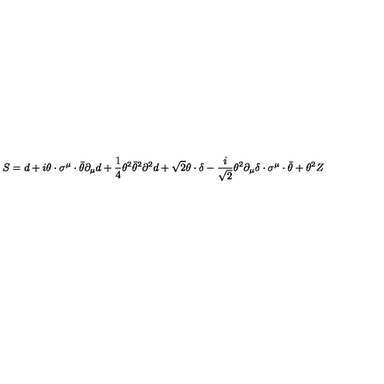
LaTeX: S = d + i \theta \cdot \sigma ^ { \mu } \cdot \bar { \theta } \partial _ { \mu } d + \frac { 1 } { 4 } \theta ^ { 2 } \bar { \theta } ^ { 2 } \partial ^ { 2 } d + \sqrt { 2 } \theta \cdot \delta - \frac { i } { \sqrt { 2 } } \theta ^ { 2 } \partial _ { \mu } \delta \cdot \sigma ^ { \mu } \cdot \bar { \theta } + \theta ^ { 2 } Z